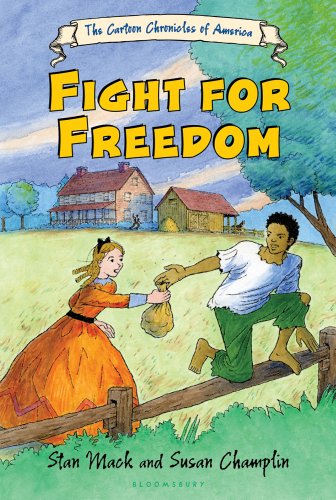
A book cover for Fight for Freedom (The Cartoon Chronicles of America); Susan Champlin; Children's Books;